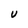
Character: U